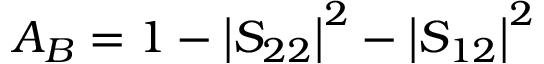
A _ { B } = 1 - \left| S _ { 2 2 } \right| ^ { 2 } - \left| S _ { 1 2 } \right| ^ { 2 }